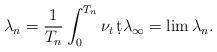
LaTeX: \begin{align*}\lambda_n=\frac{1}{T_n}\int_0^{T_n}\nu_t\,\d t\lambda_\infty=\lim\lambda_n.\end{align*}